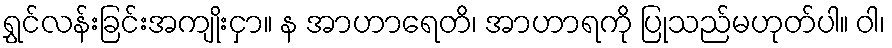
ရွှင်လန်းခြင်းအကျိုးငှာ။ န အာဟာရေတိ၊ အာဟာရကို ပြုသည်မဟုတ်ပါ။ ဝါ၊